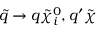
\tilde { q } \rightarrow q \tilde { \chi } _ { i } ^ { 0 } , q ^ { \prime } \tilde { \chi }